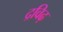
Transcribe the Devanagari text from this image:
द्रविढ़